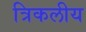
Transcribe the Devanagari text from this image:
त्रिकलीय